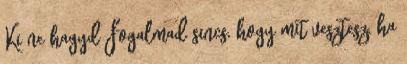
Ki ne hagyd Fogalmad sincs, hogy mit vesztesz, ha